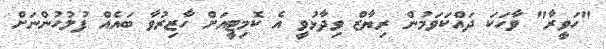
"ހަވީރާ" ވާހަކަ ދައްކަވަމުން ރިޔާޒް ވިދާޅުވީ އެ ކޮމިޓީއަށް ހާޒިރުވާ ބައެއް ފުލުހުންނަށް